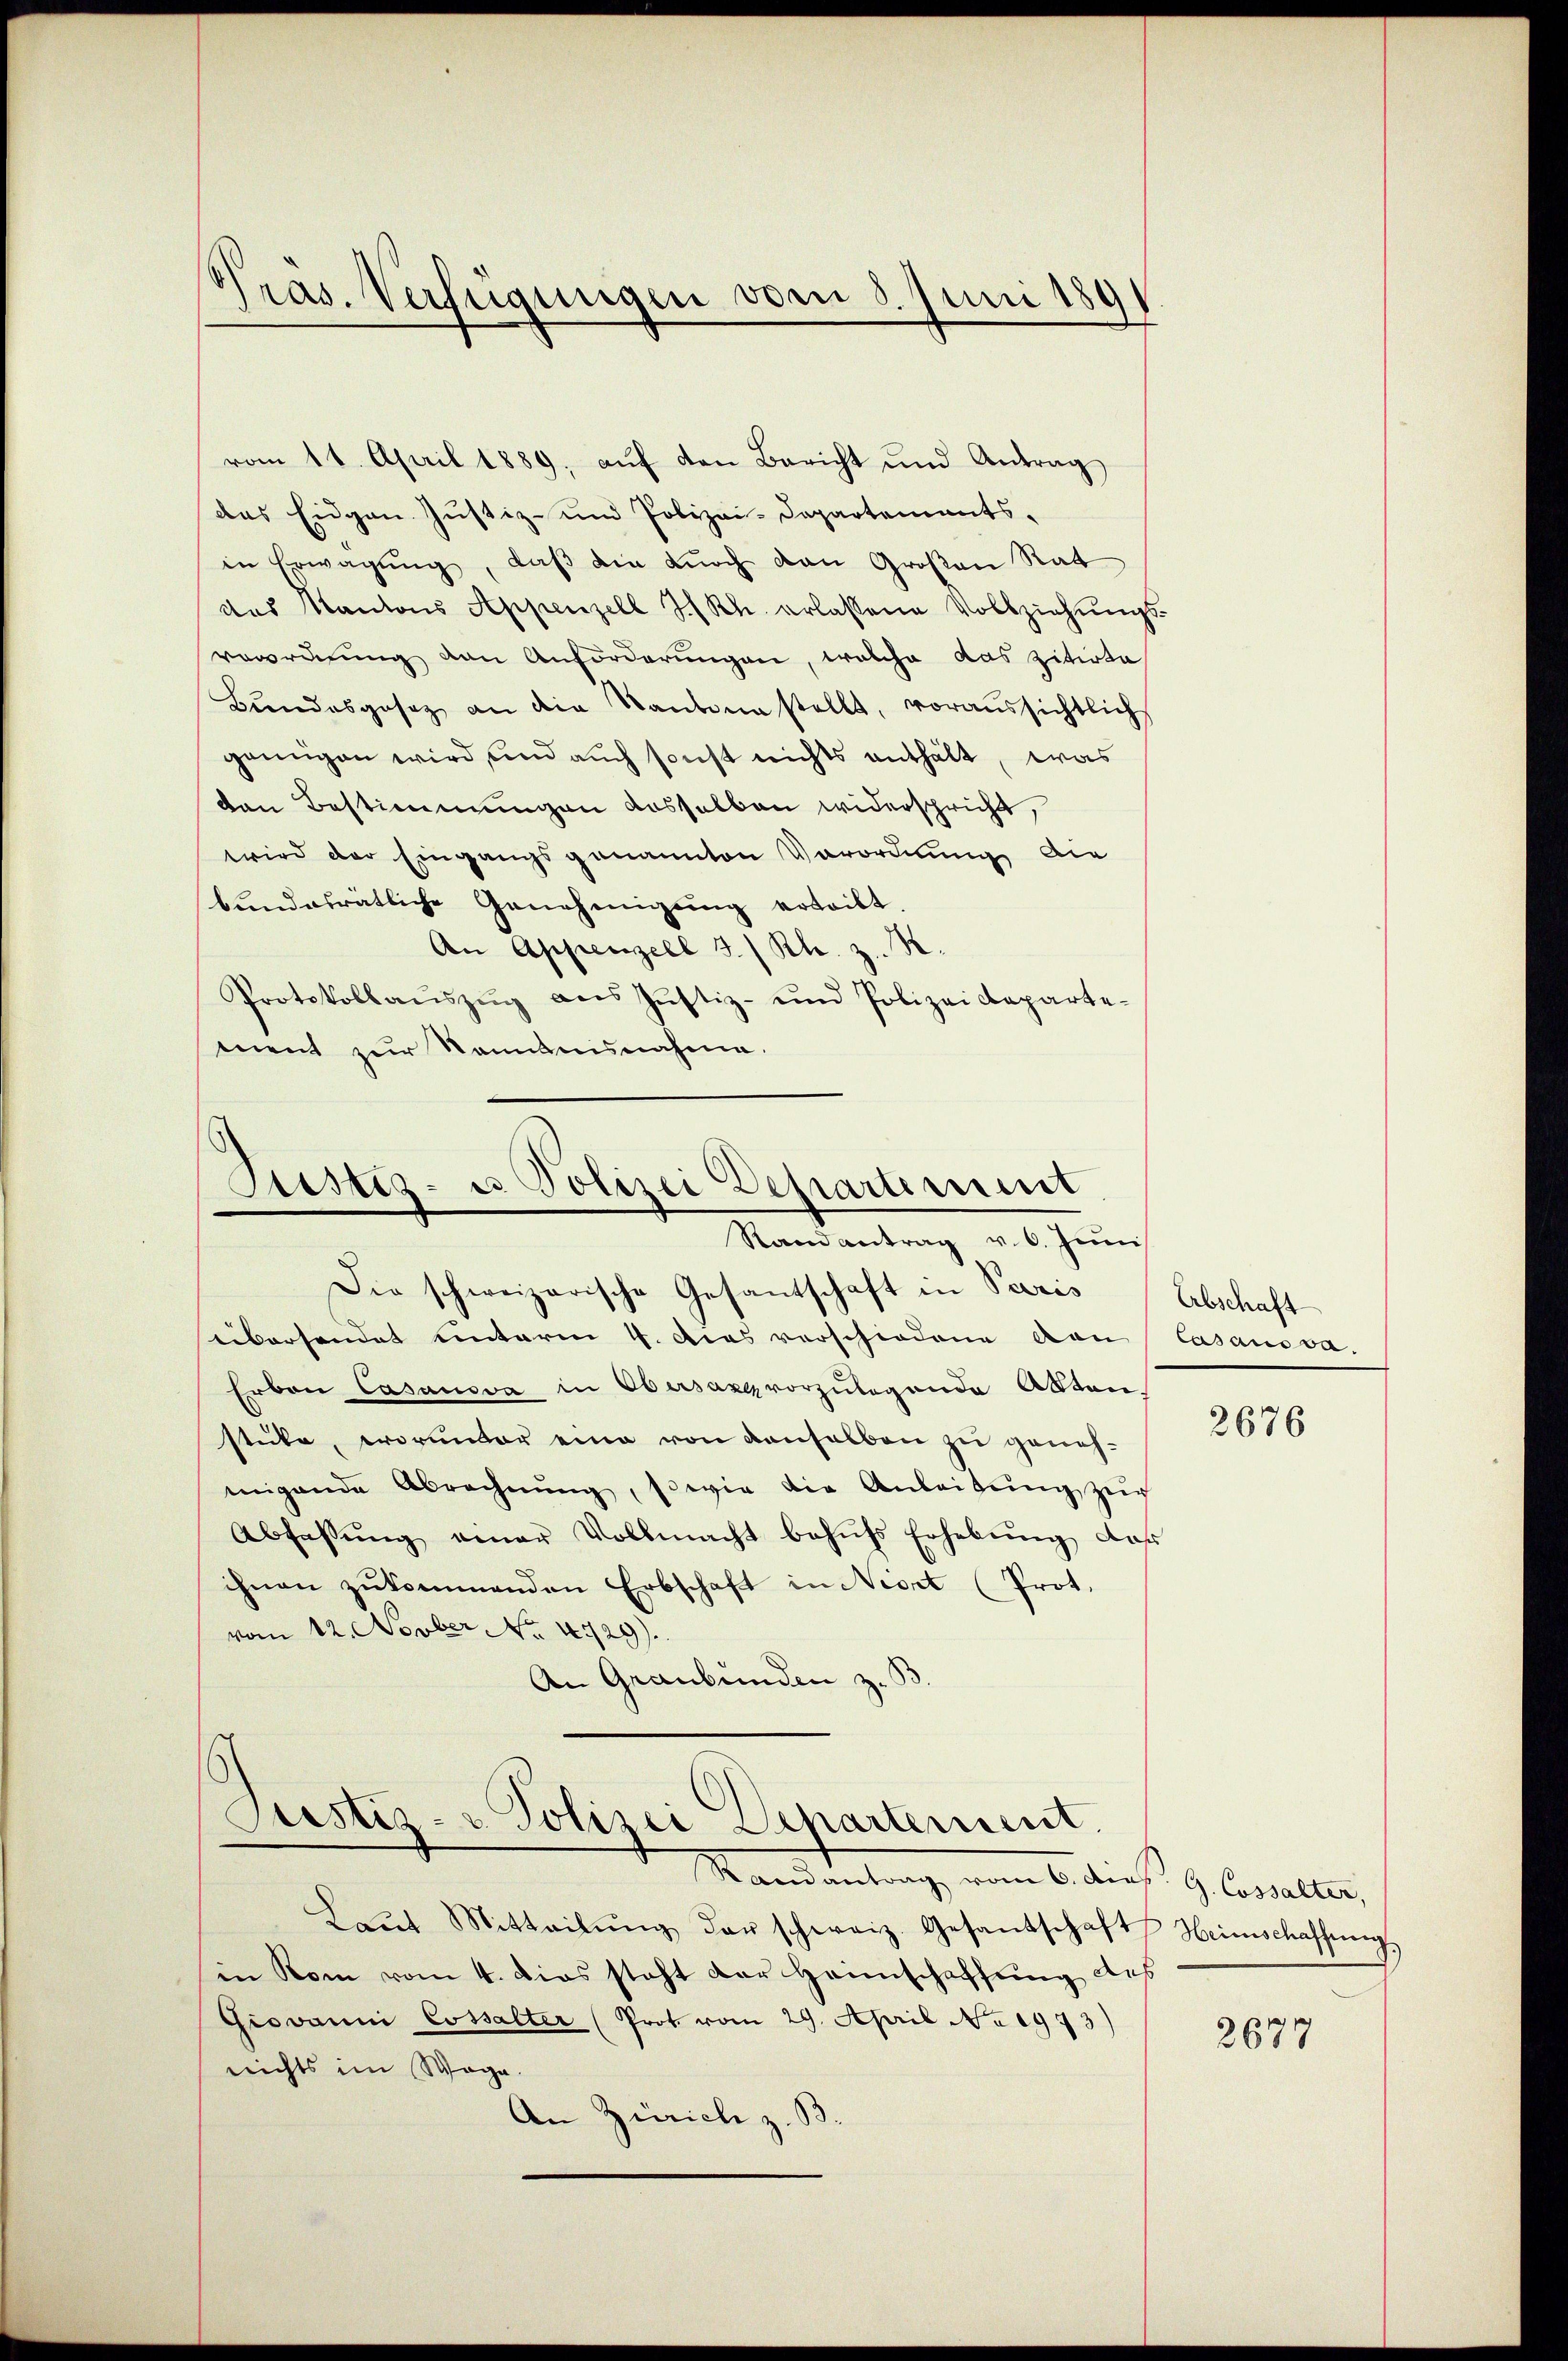
Pras. Verfügungen vom 3. Juni 189

vom 11. April 1889, aŭf den Bericht und Antrag
das Eidgen. Justiz- und Polizei-Departements-
in Erwägŭng, daβ die dŭrch dan Großen Rat
das Kantons Appenzell I/Rh. erlassene Vollziehŭngs-
verordnung von Anforderungen, welche das zitirte
Bŭndesgesetz an die Kantone stellt, voraussichtlich
genügen wird, und auch sonst nichts enthält, was
ten Bestimmungen dasselben widerspricht,
wird der Eingangsgenannten Verordnung die
bŭndesrätliche Genehmigŭng erteibt.
An Appenzell 3./ Kl. z. R.
Protokollaŭszŭg ans Justiz- und Polizeideparte-
ment zur Kenntnisnahme.

Justiz- u Polizei Departement
Randantrag v. 6. Juni

Die schweizerische Gesantschaft in Paris

übersendet unterm 4. dies verschiedene von Casans va
Erbon Casanova in Obersang vorzulegende Akten.
stücke, worunter eine von denselben zu genehmigende Abrechnŭng, sowie die Anleitŭng zŭr
Abfassŭng einer Vollmacht behŭfs Erhebŭng, daß
ihnen zŭkommenden Erbschaft in Niert (Prot.
vom 12. Novber No. 4729).
An Graubünden z. B

Justiz- & Polizei Departement.

Mandantrag, vom 6. dies G. Convaller
Laŭt Mitteilŭng der schweiz. Gesandschaft Heimschaffŭng
in Rom vom 4. dies steht der Heimschaffung des
Giovanni Cossalter (Prot vom 29. April No 1973)
nrichts im Wege.
An Zürich z. B.

Abschaft

2676

2677